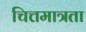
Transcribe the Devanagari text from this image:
चित्तमात्रता